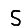
Digit: 5